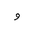
Letter: _waw